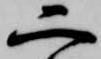
二